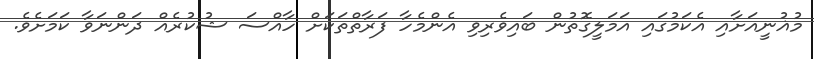
މުޣުނީއަށާއި އެކަމުގައި އަމަލީގޮތުން ބައިވެރިވި އެންމެހާ ފަރާތްތަކަށް ހާއްސަ ޝުކުރެއް ދަންނަވާ ކަމަށެވެ.